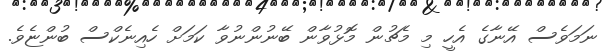
ނަމަވެސް އޭނާގެ އެހީ މި މެޗުން މޮޅުވާން ބޭނުންނުވާ ކަމަށް ހެއިނެކްސް ބުންޏެވެ.